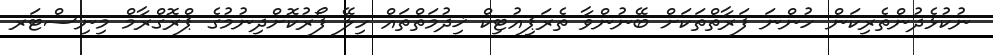
ނުކުޅެދުންތެރިކަން ހުންނަ ފަރާތްތަކަށް ބޭނުންވާ ތެރަޕިއުޓިކް ޚިދުމަތްތައް ހިލޭ ފޯރުކޮށްދިނުމުގެ ޕްރޮގްރާމް މިނިސްޓަރ